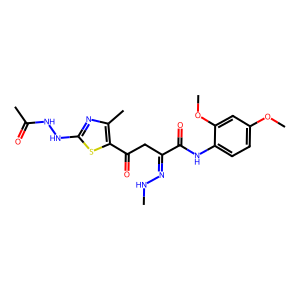
SMILES: CNN=C(CC(=O)c1sc(NNC(C)=O)nc1C)C(=O)Nc1ccc(OC)cc1OC
Inhibits HIV replication: No